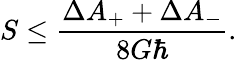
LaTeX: S\leq{\frac{\Delta A_{+}+\Delta A_{-}}{8G\hbar}}.